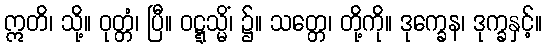
ဣတိ၊ သို့။ ဝုတ္တံ၊ ပြီ။ ဝဋ္ဋသ္မိံ၊ ၌။ သတ္တေ၊ တို့ကို။ ဒုက္ခေန၊ ဒုက္ခနှင့်။